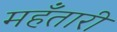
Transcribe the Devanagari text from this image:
महँतारी